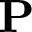
\bf P